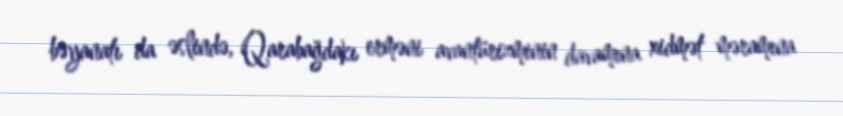
bəyanatı da əslində, Qarabağdakı erməni avantürizminin davamına xidmət məramına